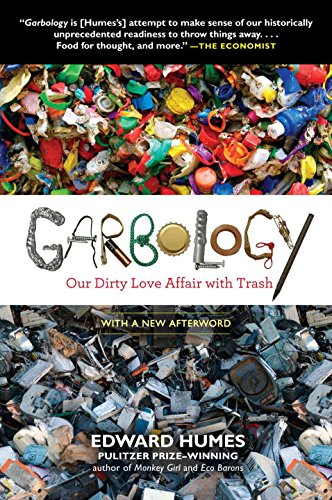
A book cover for Garbology: Our Dirty Love Affair with Trash; Edward Humes; Science & Math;